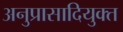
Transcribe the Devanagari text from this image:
अनुप्रासादियुक्त